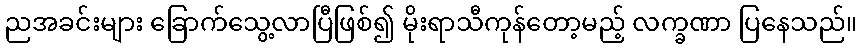
ညအခင်းများ ခြောက်သွေ့လာပြီဖြစ်၍ မိုးရာသီကုန်တော့မည့် လက္ခဏာ ပြနေသည်။